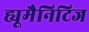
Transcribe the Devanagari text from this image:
ह्यूमैनिटिज